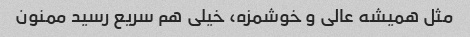
مثل همیشه عالی و خوشمزه، خیلی هم سریع رسید ممنون